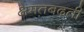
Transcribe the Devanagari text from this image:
क्षमतबढ़ती